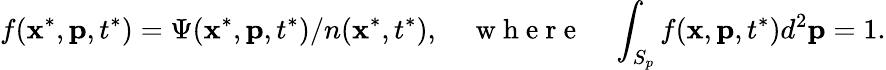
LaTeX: f(\mathbf{x}^{*},\mathbf{p},t^{*})=\Psi(\mathbf{x}^{*},\mathbf{p},t^{*})/n(\mathbf{x}^{*},t^{*}),\quad\mathrm{~w~h~e~r~e~}\quad\int_{S_{p}}f(\mathbf{x},\mathbf{p},t^{*})d^{2}\mathbf{p}=1.